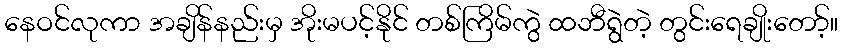
နေဝင်လုကာ အချိန်နည်းမှ အိုးမပင့်နိုင် တစ်ကြိမ်ကွဲ ထဘီရွဲတဲ့ တွင်းရေချိုးတော့်။